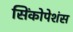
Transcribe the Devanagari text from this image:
सिंकोपेशंस